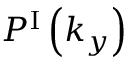
P ^ { \mathrm { I } } \left( k _ { y } \right)